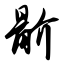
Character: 骱